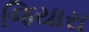
જિયારા